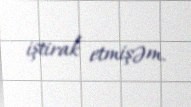
iştirak etmişəm.